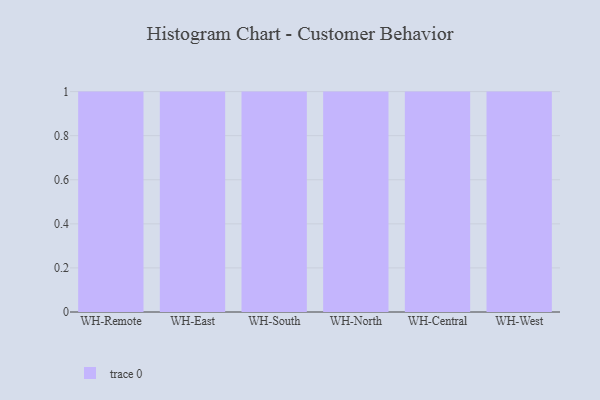
{"axis": {"x": "Warehouse", "y": "Market Share (%)"}, "legend": [""], "data": [{"x": "WH-Remote", "y": 76, "type": ""}, {"x": "WH-East", "y": 66, "type": ""}, {"x": "WH-South", "y": 40, "type": ""}, {"x": "WH-North", "y": 20, "type": ""}, {"x": "WH-Central", "y": 30, "type": ""}, {"x": "WH-West", "y": 44, "type": ""}]}